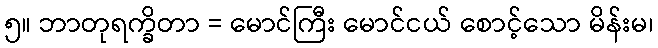
၅။ ဘာတုရက္ခိတာ = မောင်ကြီး မောင်ငယ် စောင့်သော မိန်းမ၊